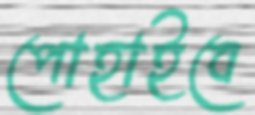
পোহাইবে